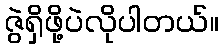
ဇွဲရှိဖို့ပဲလိုပါတယ်။